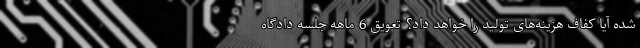
شده آیا کفاف هزینه‌های تولید را خواهد داد؟ تعویق 6 ماهه جلسه دادگاه